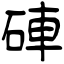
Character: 硨